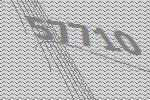
57710